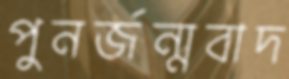
পুনর্জন্মবাদ